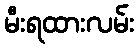
မီးရထားလမ်း